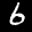
Label: 6